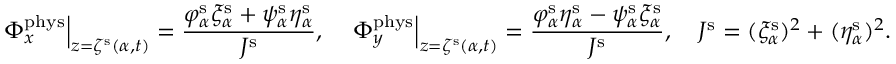
\left. \Phi _ { x } ^ { \mathrm { p h y s } } \right\vert _ { z = \zeta ^ { \mathrm { s } } ( \alpha , t ) } = \frac { \varphi _ { \alpha } ^ { \mathrm { s } } \xi _ { \alpha } ^ { \mathrm { s } } + \psi _ { \alpha } ^ { \mathrm { s } } \eta _ { \alpha } ^ { \mathrm { s } } } { J ^ { \mathrm { s } } } , \quad \left. \Phi _ { y } ^ { \mathrm { p h y s } } \right\vert _ { z = \zeta ^ { \mathrm { s } } ( \alpha , t ) } = \frac { \varphi _ { \alpha } ^ { \mathrm { s } } \eta _ { \alpha } ^ { \mathrm { s } } - \psi _ { \alpha } ^ { \mathrm { s } } \xi _ { \alpha } ^ { \mathrm { s } } } { J ^ { \mathrm { s } } } , \quad J ^ { \mathrm { s } } = ( \xi _ { \alpha } ^ { \mathrm { s } } ) ^ { 2 } + ( \eta _ { \alpha } ^ { \mathrm { s } } ) ^ { 2 } .